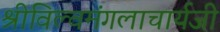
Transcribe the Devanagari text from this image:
श्रीविल्वमंगलाचार्यजी